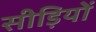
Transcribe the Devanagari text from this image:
सीड़ियों